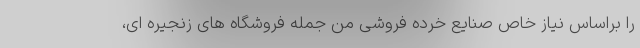
را براساس نیاز خاص صنایع خرده فروشی من جمله فروشگاه های زنجیره ای،